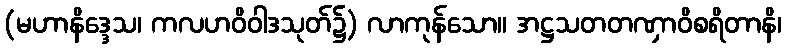
(မဟာနိဒ္ဒေသ၊ ကလဟဝိဝါဒသုတ်၌) လာကုန်သော။ အဋ္ဌသတတဏှာဝိစရိတာနိ၊